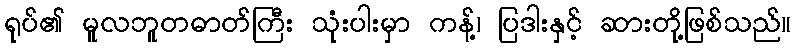
ရုပ်၏ မူလဘူတဓာတ်ကြီး သုံးပါးမှာ ကန့်၊ ပြဒါးနှင့် ဆားတို့ဖြစ်သည်။